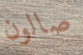
صالون